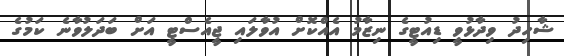
ޝާހިދު ވިދާޅުވީ ޑިއުޓީގެ ނިޒާމު އެއްކޮށް އުވާލައި ޖީއެސްޓީ އަށް ބަދަލުވާނެ ކަމުގެ